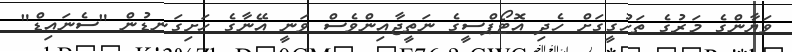
ވަޔާންގެ މަރުގެ ތަހުގީގަށް ހެދި އޮޓޯޕްސީގެ ނަތީޖާއިންވެސް ވަނީ އޭނާގެ ހަށިގަނޑުން "ސެނައިޑް"